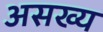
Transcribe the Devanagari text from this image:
असख्य